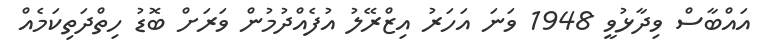
އައްބާސް ވިދާޅުވީ 1948 ވަނަ އަހަރު އިޒްރޭލު އުފެއްދުމުން ވަރަށް ބޮޑު ހިތްދަތިކަމެއް